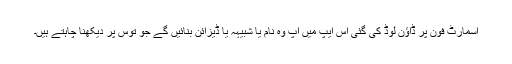
اسمارٹ فون پر ڈاؤن لوڈ کی گئی اس ایپ میں آپ وہ نام یا شبیہہ یا ڈیزائن بنائیں گے جو توس پر دیکھنا چاہتے ہیں۔